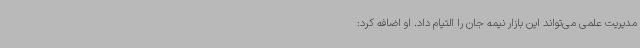
مدیریت علمی می‌تواند این بازار نیمه جان را التیام داد. او اضافه کرد: